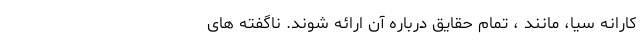
کارانه سیا، مانند ، تمام حقایق درباره آن ارائه شوند. ناگفته ‌های